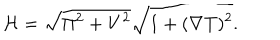
LaTeX: { \cal H } = \sqrt { \Pi ^ { 2 } + V ^ { 2 } } \sqrt { 1 + ( \nabla T ) ^ { 2 } } .